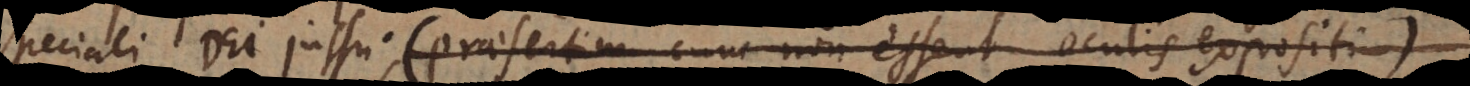
peciali Dei jussu, (praesertim cum non essent oculis expositi).